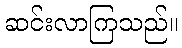
ဆင်းလာကြသည်။